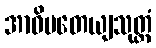
အာဓိပတေယျသုတ္တံ